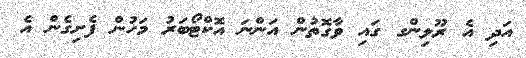
އަދި އެ ރޫލިންގ ގައި ވާގޮތުން އަންނަ އޮކްޓޯބަރު މަހުން ފެށިގެން އެ